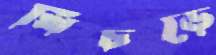
খিচড়ে